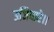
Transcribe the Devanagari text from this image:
उजियारे।।